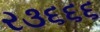
ર૩૬૬૬